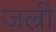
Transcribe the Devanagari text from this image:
जल्री